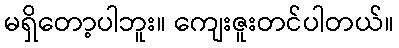
မရှိတော့ပါဘူး။ ကျေးဇူးတင်ပါတယ်။